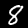
Label: 8